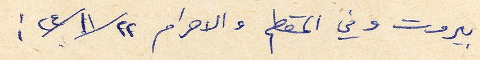
بيروت وفي المقطم والاهرام ٢٢/ ١١/ ٢٤: